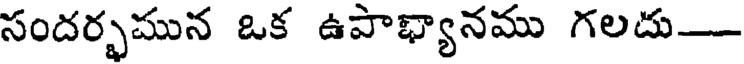
సందర్భమున ఒక ఉపాభ్యానము గలదు-